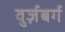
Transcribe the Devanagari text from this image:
वुर्ज़बर्ग